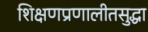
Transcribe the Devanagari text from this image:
शिक्षणप्रणालीतसुद्धा